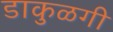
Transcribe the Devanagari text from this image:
डाकुळगी